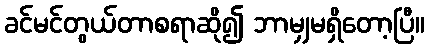
ခင်မင်တွယ်တာစရာဆို၍ ဘာမျှမရှိတော့ပြီ။